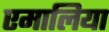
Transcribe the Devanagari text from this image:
एमालिया